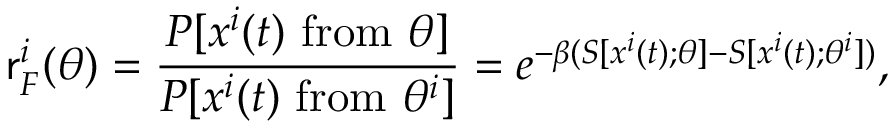
\mathsf { r } _ { F } ^ { i } ( \theta ) = \frac { P [ { \boldsymbol { x } } ^ { i } ( t ) \ \mathrm { f r o m } \ \theta ] } { P [ { \boldsymbol { x } } ^ { i } ( t ) \ \mathrm { f r o m } \ \theta ^ { i } ] } = e ^ { - \beta ( S [ { \boldsymbol { x } } ^ { i } ( t ) ; \theta ] - S [ { \boldsymbol { x } } ^ { i } ( t ) ; \theta ^ { i } ] ) } ,